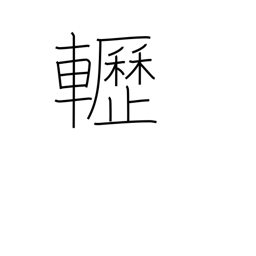
Meaning: creaking sound